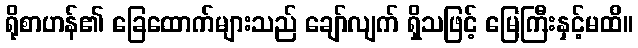
ရိုစာဟန်၏ ခြေထောက်များသည် ချော်လျက် ရှိသဖြင့် မြေကြီးနှင့်မထိ။